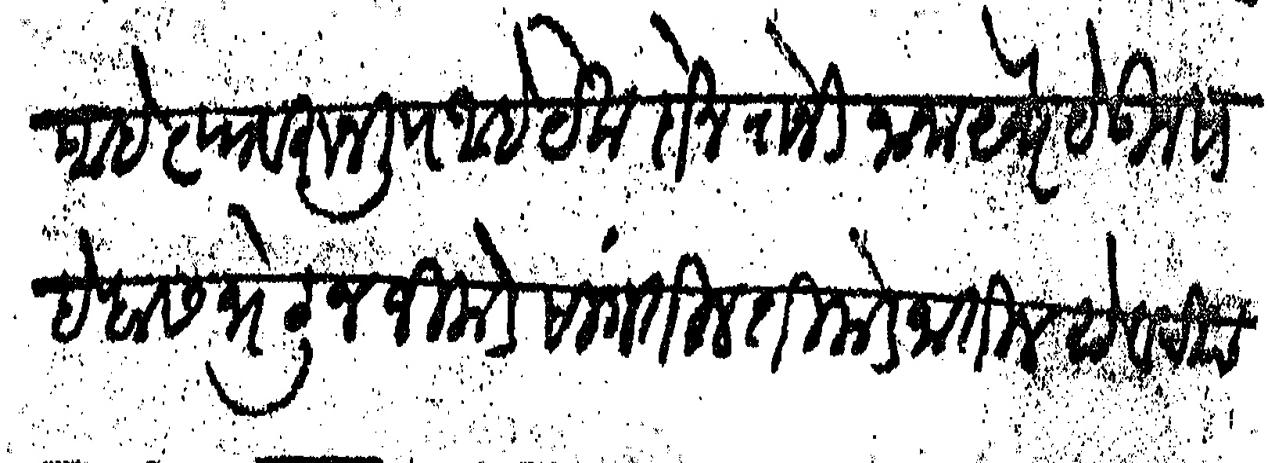
Transliteration (Devanagari): आहे त्यावरून लि आहे येक दोन रोजी नाना येथे येऊन साहेबास भेटून जिकडे सांगतील तिकडे जातील रुये व चिंच